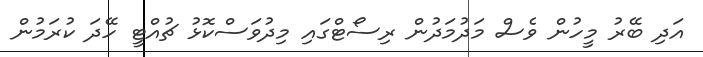
އަދި ބޭރު މީހުން ވެސް މަދުމަދުން ރިސޯޓްގައި މިދުވަސްކޮޅު ޗުއްޓީ ހޭދަ ކުރަމުން